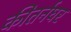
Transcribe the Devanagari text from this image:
कीतर्नघर